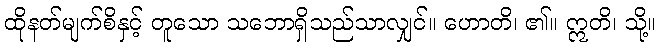
ထိုနတ်မျက်စိနှင့် တူသော သဘောရှိသည်သာလျှင်။ ဟောတိ၊ ၏။ ဣတိ၊ သို့။